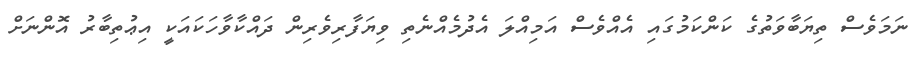
ނަމަވެސް ތިޔަބާވަތުގެ ކަންކަމުގައި އެއްވެސް އަމިއްލަ އެދުމެއްނެތި ވިޔަފާރިވެރިން ދައްކާވާހަކައަކީ އިޢުތިބާރު އޮންނަށް